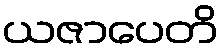
ယဇာပေတိ